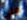
على